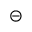
\circleddash